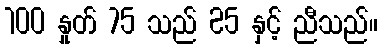
100 နှုတ် 75 သည် 25 နှင့် ညီသည်။